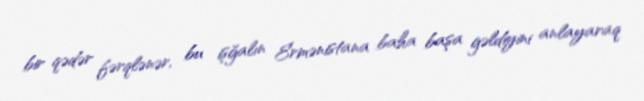
bir qədər fərqlənər, bu işğalın Ermənistana baha başa gəldiyini anlayaraq